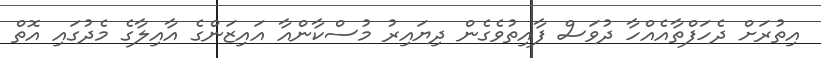
އިތުރަށް ދެހަފްތާއެއްހާ ދުވަސް ފާއިތުވެގެން ދިޔައިރު މުސްކާންއާ އައިޒަންގެ އާއިލާގެ މެދުގައި އޮތް